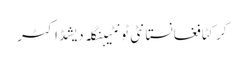
کرکٹافغانستانٹی ٹونٹیبنگلہ دیشڈاکٹر